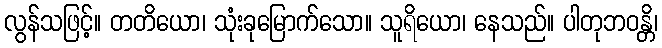
လွန်သဖြင့်။ တတိယော၊ သုံးခုမြောက်သော။ သူရိယော၊ နေသည်။ ပါတုဘဝန္တိ၊